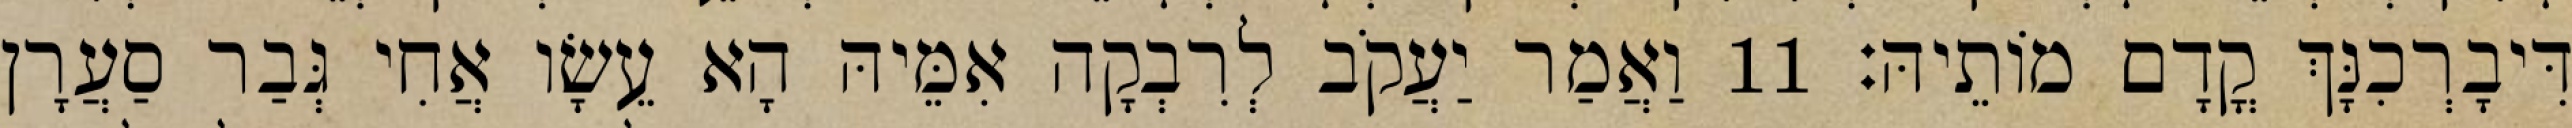
דִּיבָרְכִנָּךְ קֳדָם מוֹתֵיהּ׃ 11 וַאֲמַר יַעֲקֹב לְרִבְקָה אִמֵּיהּ הָא עֵשָׂו אֲחִי גְּבַר סַעֲרָן